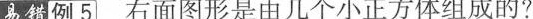
易错例5右面图形是由几个小正方体组成的?